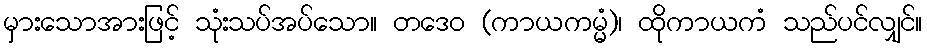
မှားသောအားဖြင့် သုံးသပ်အပ်သော။ တဒေဝ (ကာယကမ္မံ)၊ ထိုကာယကံ သည်ပင်လျှင်။